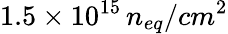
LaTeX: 1.5\times 10^{15}\, n_{eq}/cm^{2}